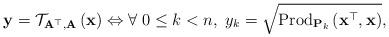
LaTeX: \begin{align*}\mathbf{y}=\mathcal{T}_{\mathbf{A}^{\top},\mathbf{A}}\left(\mathbf{x}\right)\Leftrightarrow\forall\;0\le k<n,\;y_{k}=\sqrt{\mbox{Prod}_{\mathbf{P}_{k}}\left(\mathbf{x}^{\top},\mathbf{x}\right)},\end{align*}